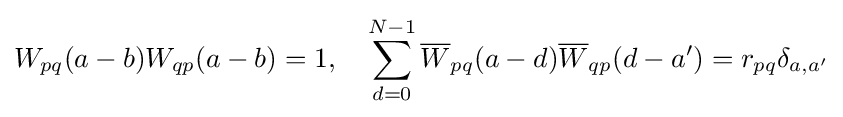
W_{pq}(a-b)W_{qp}(a-b)=1,\quad \sum _{d=0}^{N-1}{\overline {W}}_{pq}(a-d){\overline {W}}_{qp}(d-a')=r_{pq}\delta _{a,a'}